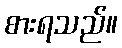
စားရသည်။